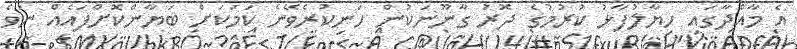
އެ މާއްދާގައި ހިޔާލުފާޅު ކުރުމުގެ ދޮރު ގާނޫނަކުން ހަނިކުރެވޭނެ ކަމަކަށް ބަޔާންކޮށްފައެއް ނުވެ